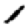
Digit: 1